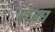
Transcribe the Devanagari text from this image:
फ्घ्फ्घ